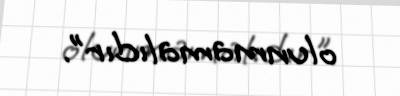
olunmamalıdır”.